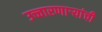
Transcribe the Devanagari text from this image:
उच्चारणाऱ्यांची